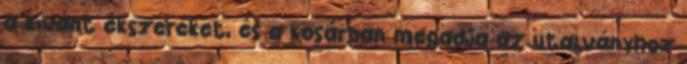
a kívánt ékszereket, és a kosárban megadja az utalványhoz